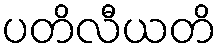
ပတိလီယတိ